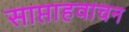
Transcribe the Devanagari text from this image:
साप्ताहवाचन